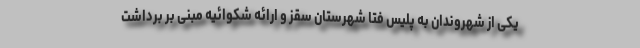
یکی از شهروندان به پلیس فتا شهرستان سقز و ارائه شکوائیه مبنی بر برداشت